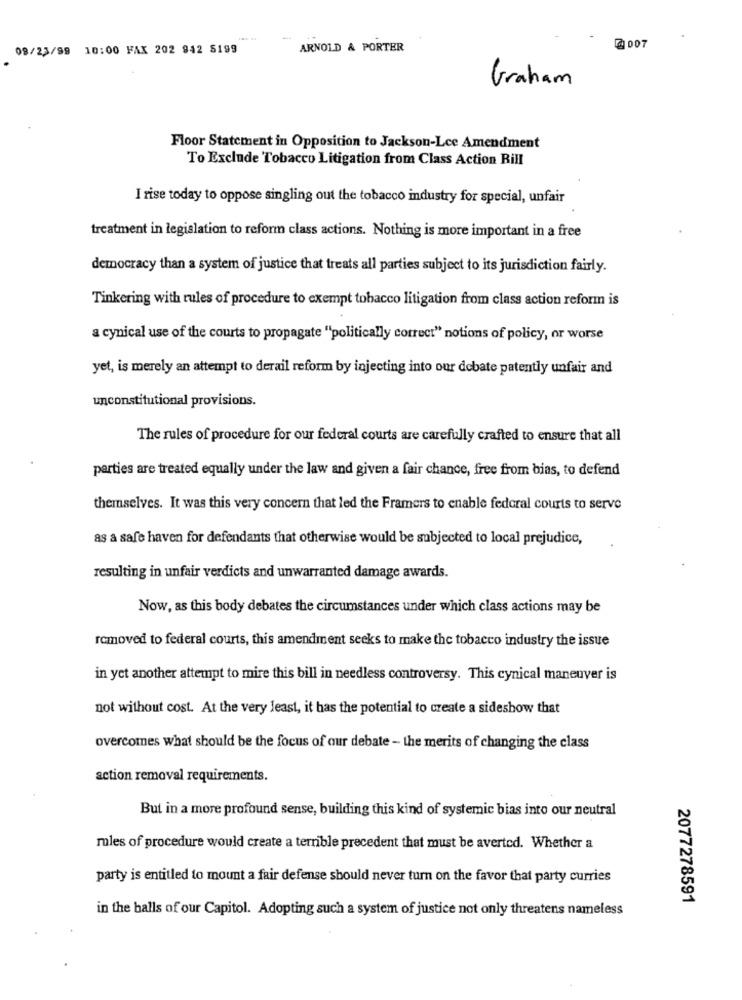
08/23/99 10:00 FAX 202 942 5199
ARNOLD & PORTER
2 007
Graham
Floor Statement in Opposition to Jackson-Lce Amendment
To Exclude Tobacco Litigation from Class Action Bill
I rise today to oppose singling out the tobacco industry for special, unfair
treatment in legislation to reform class actions. Nothing is more important in a free
democracy than a system of justice that treats all parties subject to its jurisdiction fairly.
Tinkering with rules of procedure to exempt tobacco litigation from class action reform is
a cynical use of the courts to propagate "politically correct" notions of policy, or worse
yet, is merely an attempt to derail reform by injecting into our debate patently unfair and
unconstitutional provisions.
The rules of procedure for our federal courts are carefully crafted to ensure that all
parties are treated equally under the law and given a fair chance, free from bias, to defend
themselves. It was this very concern that led the Framers to enable federal courts to serve
as a safe haven for defendants that otherwise would be subjected to local prejudice,
resulting in unfair verdicts and unwarranted damage awards.
Now, as this body debates the circumstances under which class actions may be
removed to federal courts, this amendment seeks to make the tobacco industry the issue
in yet another attempt to mire this bill in needless controversy. This cynical maneuver is
not without cost. At the very least, it has the potential to create a sideshow that
overcomes what should be the focus of our debate - the merits of changing the class
action removal requirements.
But in a more profound sense, building this kind of systemic bias into our neutral
rules of procedure would create a terrible precedent that must be averted. Whether a
party is entitled to mount a fair defense should never turn on the favor that party curries
2077278591
in the balls of our Capitol. Adopting such a system of justice not only threatens nameless